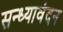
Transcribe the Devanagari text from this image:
सन्ध्यावंदन